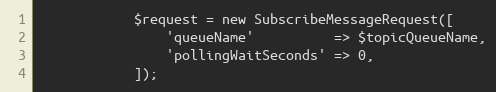
Language: PHP
            $request = new SubscribeMessageRequest([
                'queueName'          => $topicQueueName,
                'pollingWaitSeconds' => 0,
            ]);